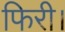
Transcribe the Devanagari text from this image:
फिरी।